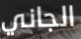
الجاني